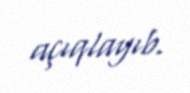
açıqlayıb.